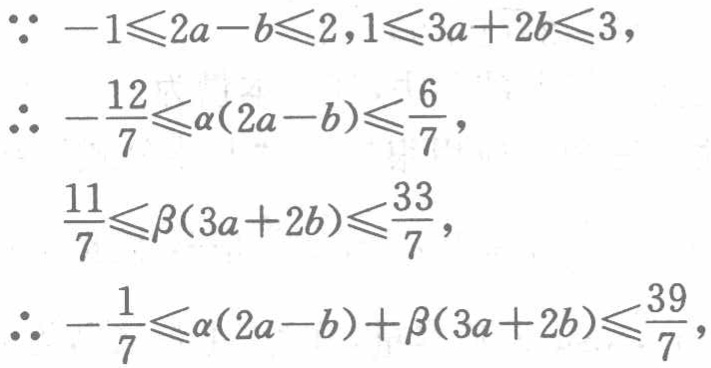
\(\because -1\leqslant 2a - b\leqslant 2,1\leqslant 3a + 2b\leqslant 3\)，

\(\therefore -\frac{12}{7}\leqslant \alpha(2a - b)\leqslant \frac{6}{7}\)，

\(\frac{11}{7}\leqslant \beta(3a + 2b)\leqslant \frac{33}{7}\)，

\(\therefore -\frac{1}{7}\leqslant \alpha(2a - b)+\beta(3a + 2b)\leqslant \frac{39}{7}\)，